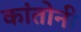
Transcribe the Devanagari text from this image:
कांतोनी